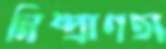
নিষ্প্রাণতা